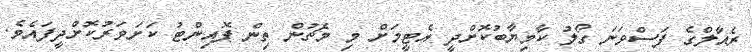
ރެއާލްގެ ފަސްވަނަ ގޯލު ކާމިޔާބުކޮށްދީ އެޓީމަށް މި މެޗުން ތިން ޕޮއިންޓު ކަށަވަރުކޮށްދީފައެވެ.